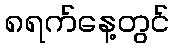
၈ရက်နေ့တွင်